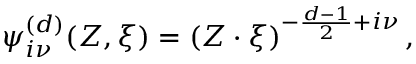
{ \psi } _ { i \nu } ^ { ( d ) } ( Z , \xi ) = \left( { Z \cdot { \xi } } \right) ^ { - \frac { d - 1 } { 2 } + i \nu } ,